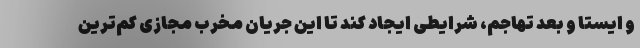
و ایستا و بعد تهاجم، شرایطی ایجاد کند تا این جریان مخرب مجازی کم‌ترین